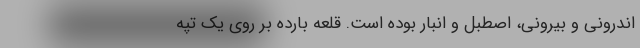
اندرونی و بیرونی، اصطبل و انبار بوده است. قلعه بارده بر روی یک تپه